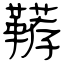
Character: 鞯